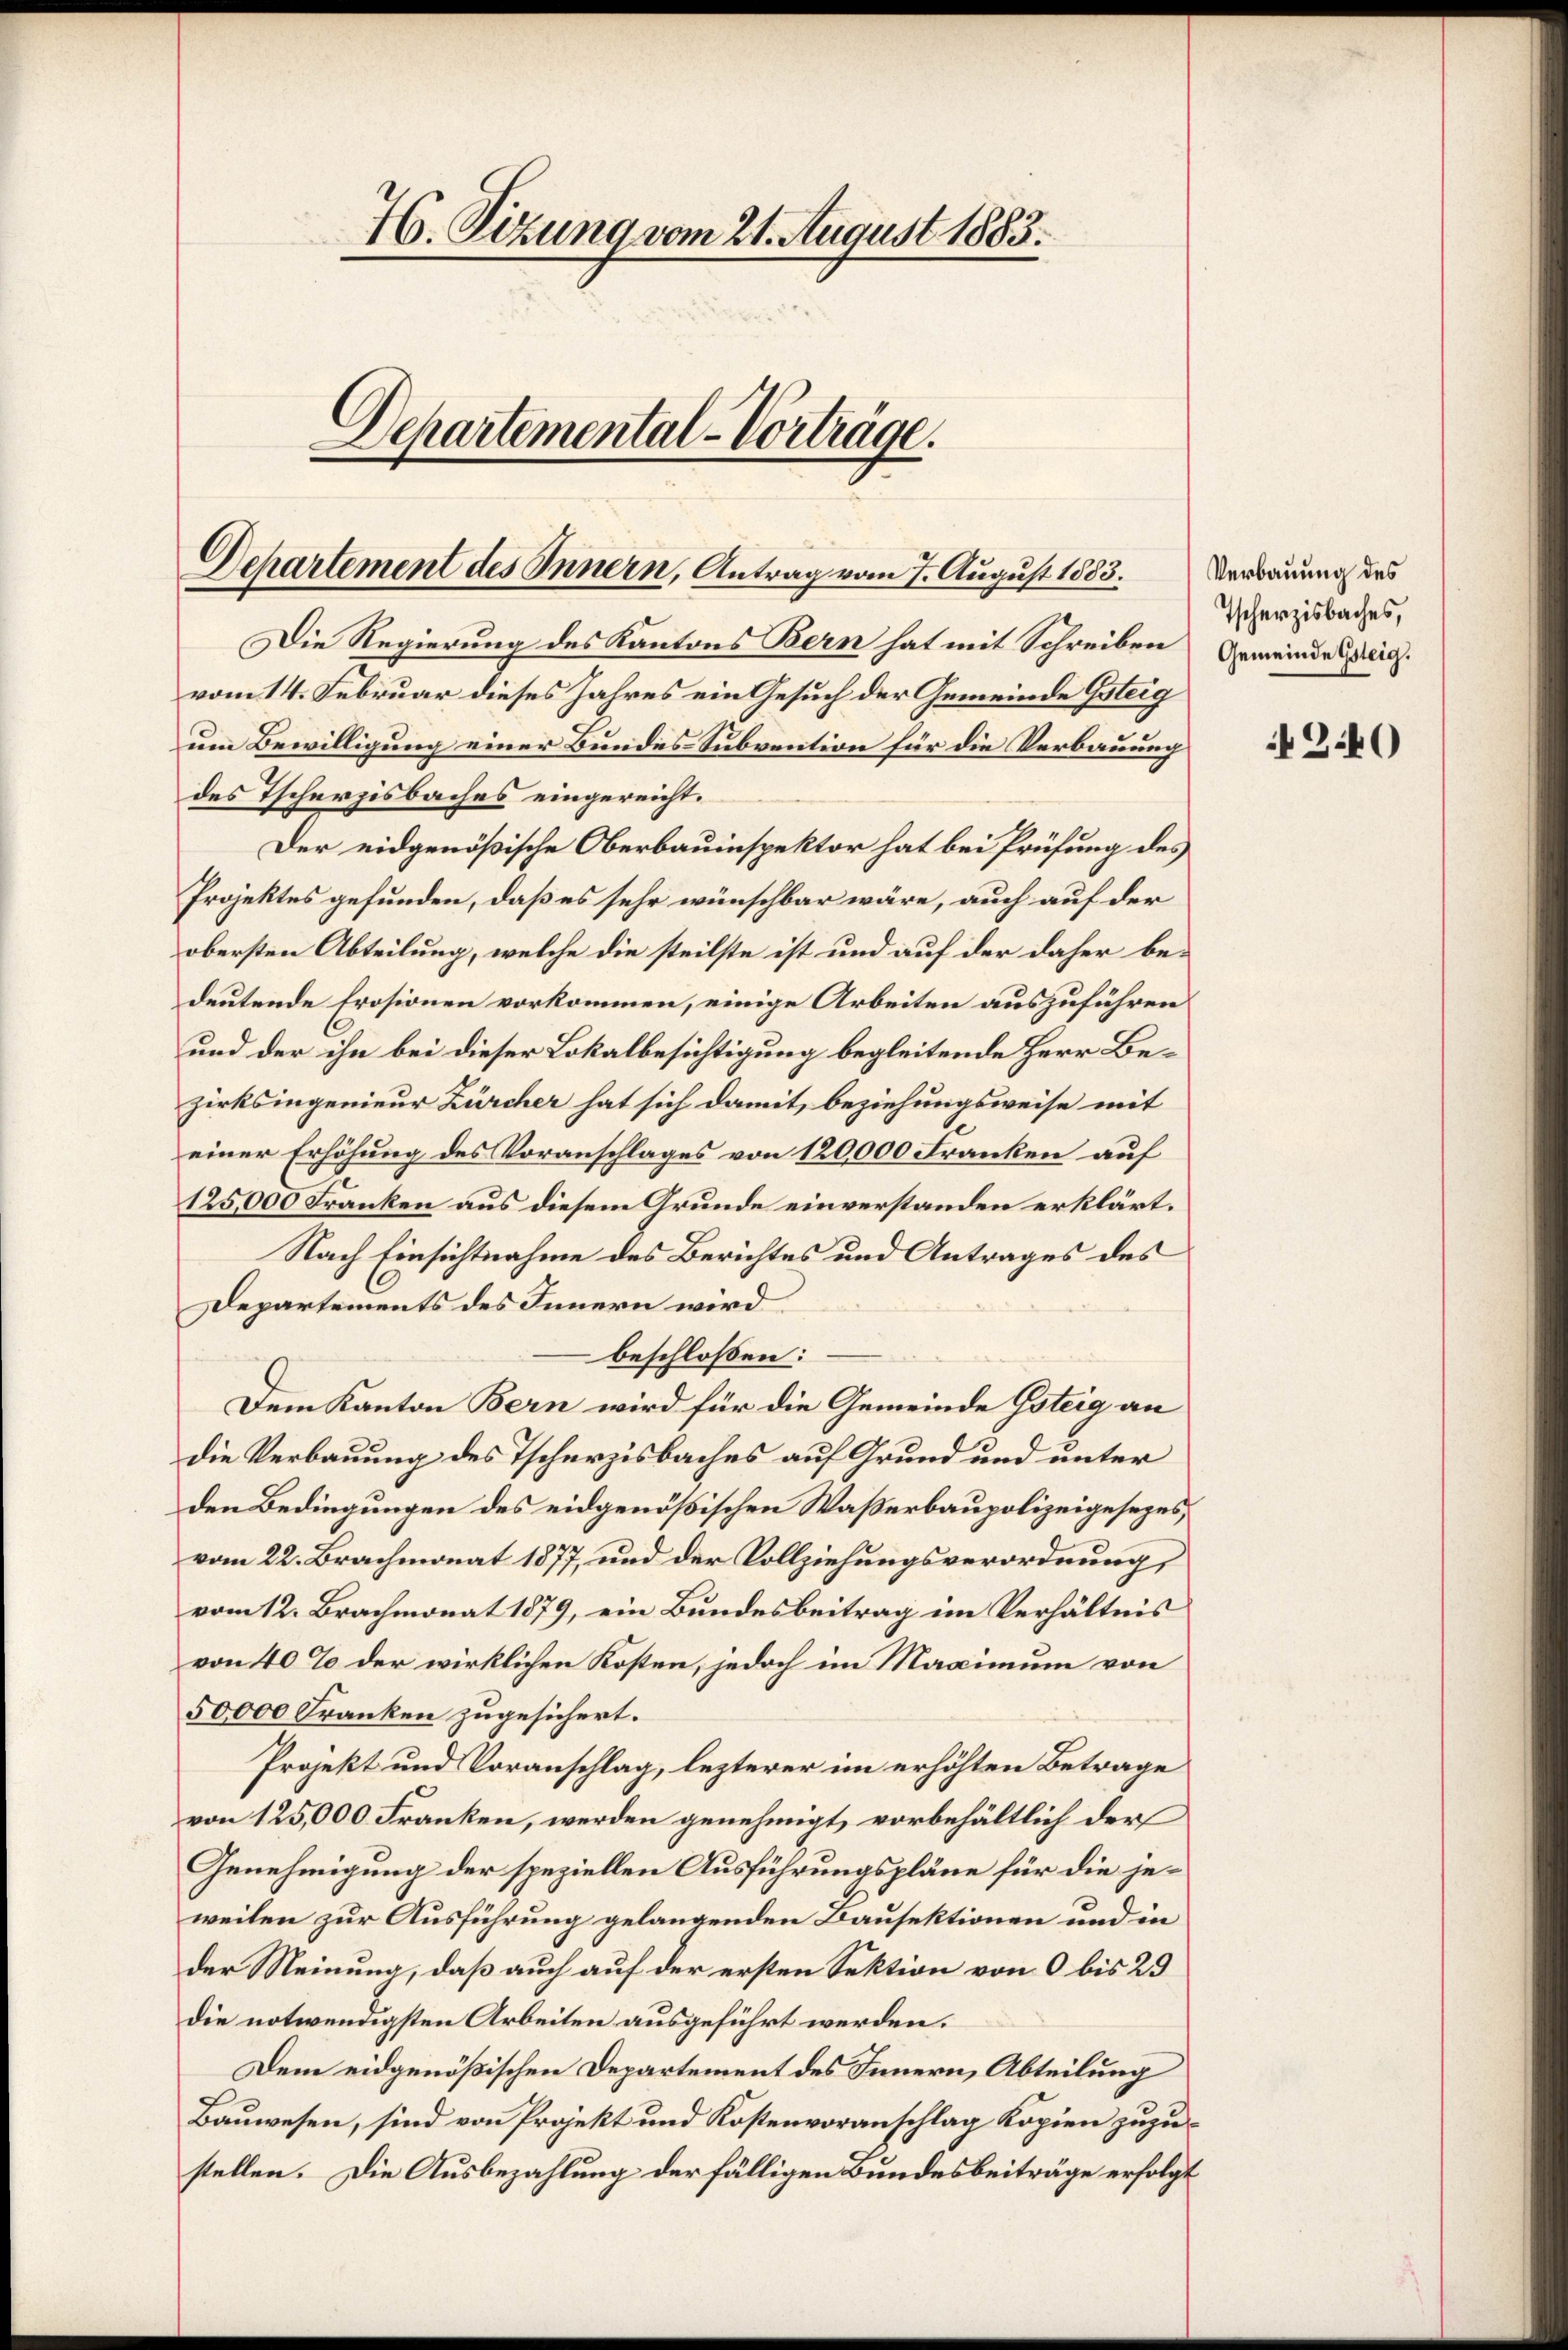
76. Sizung vom 21. August 1883.
Departemental-Vorträge.

Dehartement des Innern, Antrag vom 7. August 1883.

Die Regierung des Kantons Bern hat mit Schreiben
vom 14. Februar dieses Jahres ein Gesuch der Gemeinde Gsteig
um Bewilligung einer Bundes Subvention für die Verbauung
des Tscherzisbaches eingereicht.
Der eidgenößische Oberbauinspektor hat bei Prüfung des
Projektes gefunden, daß es sehr wünschbar wäre, auch auf der
obersten Abteilung, welche die steilste ist und auf der daher bedeutende Prosionen vorkommen, einige Arbeiten auszuführen
und der ihn bei dieser Lokalbesichtigung begleitende Herr Bezirksingenieur Zürcher hat sich damit, beziehungsweise mit
einer Erhöhung des Voranschlages von 120,000 Franken auf
125,000 Franken aus diesem Grunde einverstanden erklärt.
Nach Einsichtnahme des Berichtes und Antrages des
C
Departements des Innern wird
beschloßen:
Dem Kanton Bern wird für die Gemeinde Gsteig an
die Verbauung des Tscherzisbaches auf Grund und unter
den Bedingungen des eidgenößischen Wasserbaupolizeigesezes
vom 22. Brachmonat 1877, und der Vollziehungsverordnung,
vom 12. Brachmonat 1879, ein Bundesbeitrag im Verhältnis
von 40% der wirklichen Kosten, jedoch im Maximum von
50,000 Franken zugesichert.
Projekt und Voranschlag, lezterer im erhöhten Betrage
von 125,000 Franken, werden genehmigt, vorbehältlich der
Genehmigung der speziellen Ausführungspläne für die jeweilen zur Ausführung gelangenden Bausektionen und in
der Meinung, daß auch auf der ersten Sektion von 0 bis 29
die notwendigsten Arbeiten ausgeführt werden.
Dem eidgenößischen Departement des Innern, Abteilung
Bauwesen, sind von Projekt und Kostenvoranschlag Kopien zuzustellen. Die Ausbezahlung der fälligen Bundesbeiträge erfolgt

Verbauung des
Tscherzisbaches,
Gemeinde Gsteig.

43.40